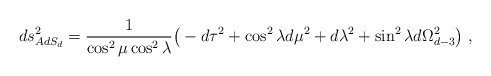
\begin{align*}ds^2_{AdS_d} = {1\over \cos^2\mu\cos^2\lambda} \big( -d\tau^2 + \cos^2\lambda d\mu^2 + d\lambda^2 +\sin^2\lambda d\Omega_{d-3}^2\big)\ ,\end{align*}